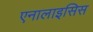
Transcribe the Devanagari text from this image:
एनालाइसिस